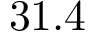
3 1 . 4